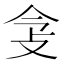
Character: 𢻶